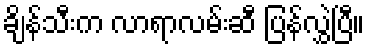
ချိန်သီးက လာရာလမ်းဆီ ပြန်လွှဲပြီ။